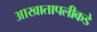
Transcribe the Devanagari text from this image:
आखातापलीकडे